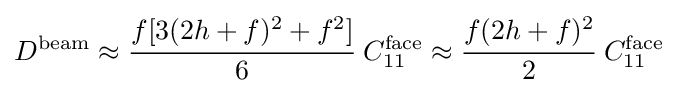
D^{\mathrm {beam} }\approx {\cfrac {f[3(2h+f)^{2}+f^{2}]}{6}}~C_{11}^{\mathrm {face} }\approx {\cfrac {f(2h+f)^{2}}{2}}~C_{11}^{\mathrm {face} }